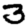
Digit: 3